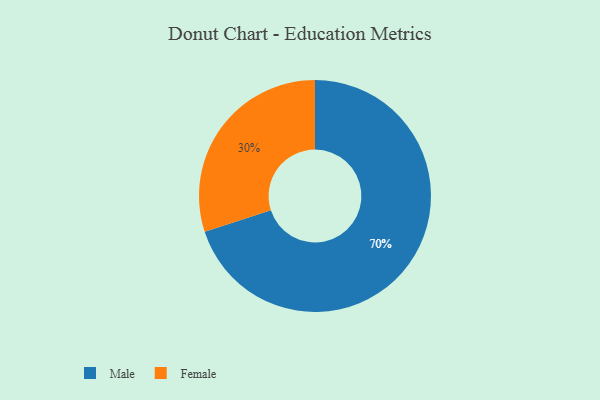
{"axis": {"x": "Category", "y": "Percentage"}, "legend": ["Female", "Male"], "data": [{"x": "Female", "y": 30, "type": "Female"}, {"x": "Male", "y": 70, "type": "Male"}]}